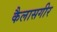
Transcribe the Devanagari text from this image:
कैलासगीर